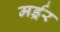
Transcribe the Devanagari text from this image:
मर्ड्रर